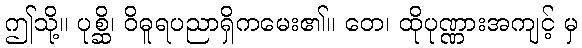
ဤသို့။ ပုစ္ဆိ၊ ဝိဓူရပညာရှိကမေး၏။ တေ၊ ထိုပုဏ္ဏားအကျင့် မှ